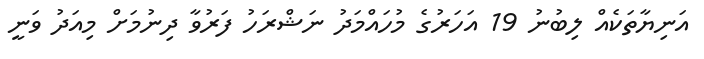
އަނިޔާތަކެއް ލިބުނު 19 އަހަރުގެ މުހައްމަދު ނަޝްރަހު ފަރުވާ ދިނުމަށް މިއަދު ވަނީ